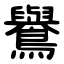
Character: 鸒